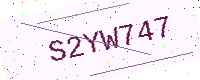
Text: S2YW747